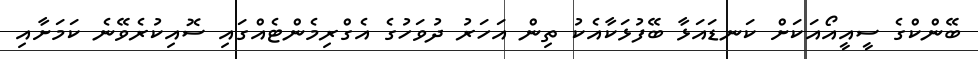
ބޭންކްގެ ސީއީއޯއަކަށް ކަނޑައަޅާ ބޭފުޅަކާއެކު ތިން އަހަރު ދުވަހުގެ އެގްރިމެންޓެއްގައި ސޮއިކުރެވޭނެ ކަމަށާއި